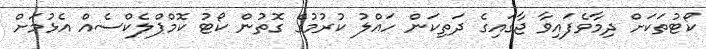
ކޯޓުތަކަށް ދިމާވެފައިވާ ޖާގައިގެ ދަތިކަން ހައްލު ކުރުމުގެ ގޮތުން ކޯޓު ކޮމްޕްލެކްސެއް އެޅުމަށް